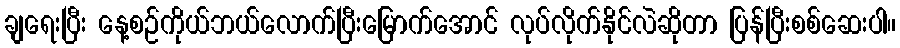
ချရေးပြီး နေ့စဉ်ကိုယ်ဘယ်လောက်ပြီးမြောက်အောင် လုပ်လိုက်နိုင်လဲဆိုတာ ပြန်ပြီးစစ်ဆေးပါ။